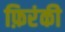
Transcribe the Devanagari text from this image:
फ़िरंकी